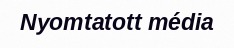
Nyomtatott média